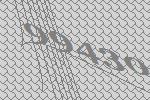
99430